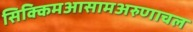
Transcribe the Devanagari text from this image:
सिक्किमआसामअरुणाचल